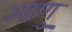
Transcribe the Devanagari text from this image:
आणु